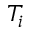
T _ { i }